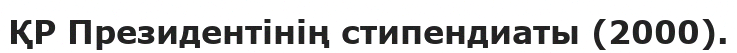
ҚР Президентінің стипендиаты (2000).